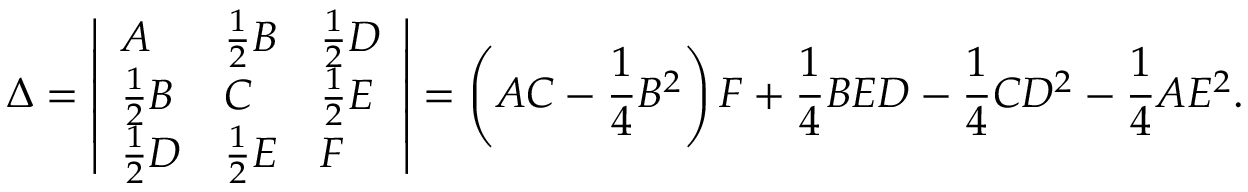
\Delta = { \left| \begin{array} { l l l } { A } & { { \frac { 1 } { 2 } } B } & { { \frac { 1 } { 2 } } D } \\ { { \frac { 1 } { 2 } } B } & { C } & { { \frac { 1 } { 2 } } E } \\ { { \frac { 1 } { 2 } } D } & { { \frac { 1 } { 2 } } E } & { F } \end{array} \right| } = \left( A C - { \frac { 1 } { 4 } } B ^ { 2 } \right) F + { \frac { 1 } { 4 } } B E D - { \frac { 1 } { 4 } } C D ^ { 2 } - { \frac { 1 } { 4 } } A E ^ { 2 } .